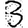
Digit: 3